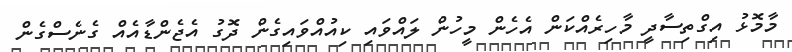
މާމޮޅު އިގްތިސާދީ މާހިރެއްކަން އެހެން މީހުން ލައްވައި ކިއުއްވައިގެން ދޮގު އެޖެންޑާއެއް ގެނެސްގެން